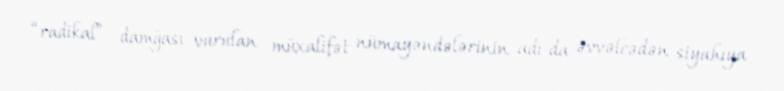
“radikal” damğası vurulan müxalifət nümayəndələrinin adı da əvvəlcədən siyahıya